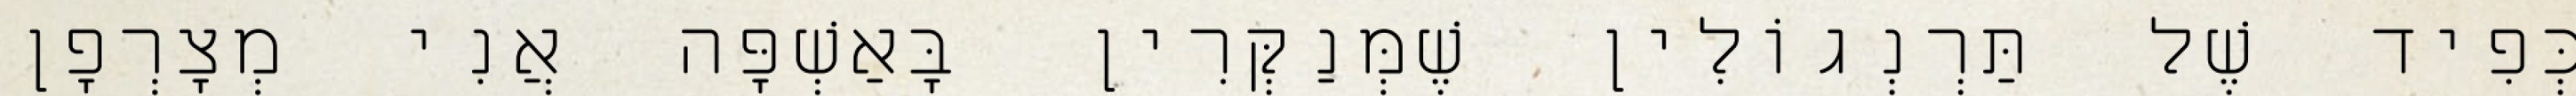
כְּפִיד שֶׁל תַּרְנְגוֹלִין שֶׁמְּנַקְּרִין בָּאַשְׁפָּה אֲנִי מְצָרְפָן